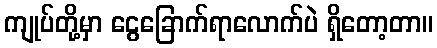
ကျုပ်တို့မှာ ငွေခြောက်ရာလောက်ပဲ ရှိတော့တာ။